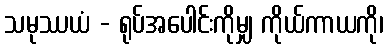
သမုဿယံ - ရုပ်အပေါင်းကိုမျှ ကိုယ်ကာယကို၊